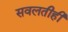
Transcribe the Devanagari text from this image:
सवलतीही